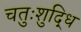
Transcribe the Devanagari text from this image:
चतुःशुद्धि